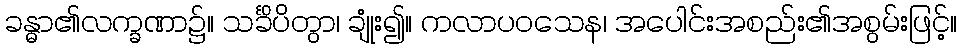
ခန္ဓာ၏လက္ခဏာ၌။ သင်္ခိပိတွာ၊ ချုံး၍။ ကလာပဝသေန၊ အပေါင်းအစည်း၏အစွမ်းဖြင့်။